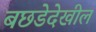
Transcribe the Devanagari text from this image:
बछडेदेखील